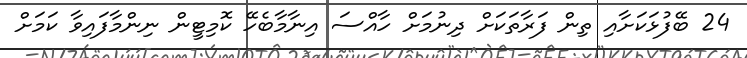
24 ބޭފުޅަކަށާއި ތިން ފަރާތަކަށް ދިނުމަށް ހާއްސަ އިނާމާބެހޭ ކޮމިޓީން ނިންމާފައިވާ ކަމަށް